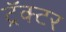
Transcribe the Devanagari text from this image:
ट्रॅक्‍टर